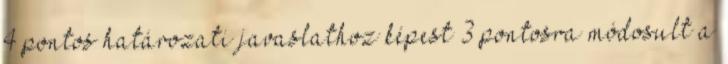
4 pontos határozati javaslathoz képest 3 pontosra módosult a